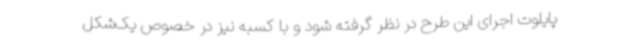
پایلوت اجرای این طرح در نظر گرفته شود و با کسبه نیز در خصوص یک‌شکل